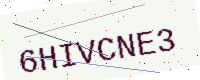
Text: 6HIVCNE3